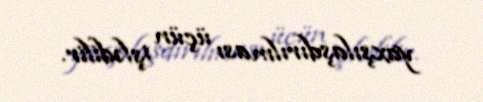
yaxşılaşdırılması üçün işlədilir.